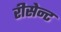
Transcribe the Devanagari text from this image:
रीसेन्ट